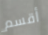
أقسم